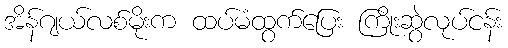
အိန်ဂျယ်လစ်မိုးက ထပ်မံထွက်ပြေး ကြိုးဆွဲလုပ်ငန်း